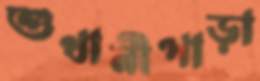
শুখানীপাড়া